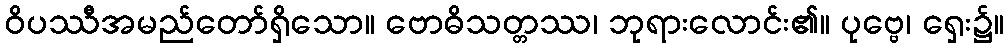
ဝိပဿီအမည်တော်ရှိသော။ ဗောဓိသတ္တဿ၊ ဘုရားလောင်း၏။ ပုဗ္ဗေ၊ ရှေး၌။